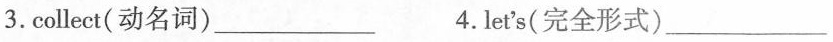
3. collect(动名词)___4.let's(完全形式) ___